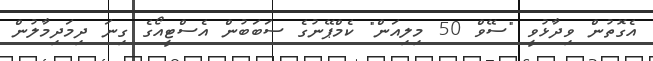
އެގޮތުން ވިދާޅުވީ "ސޭވް 50 މިލިއަން" ކެމްޕޭނުގެ ސަބަބުން އެސްޓީއޯގެ ގިނަ ދިމަދިމާލުން